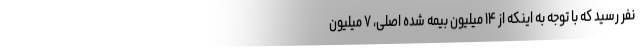
نفر رسید که با توجه به اینکه از ۱۴ میلیون بیمه شده اصلی، ۷ میلیون